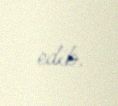
edib.